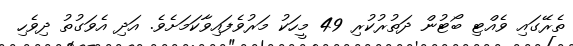
ތެރޭގައި ވެއްޓި ބޯޓުން ދަތުރުކުރި 49 މީހަކު މަރުވެފައިވާކަމަށެވެ. އަދި އެވަގުތު ދިވެހި